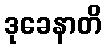
ဒုခေနာတိ